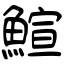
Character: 鰚